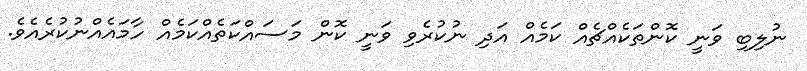
ނުލިބި ވަނީ ކޮންތަކެއްޗެއް ކަމެއް އަދި ނުކުރެވި ވަނީ ކޮން މަސައްކަތެއްކަމެއް ހާމައެއްނުކުރެއެވެ.